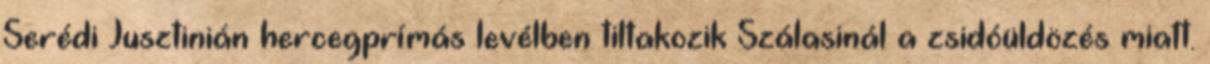
Serédi Jusztinián hercegprímás levélben tiltakozik Szálasinál a zsidóüldözés miatt.